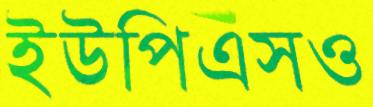
ইউপিএসও